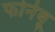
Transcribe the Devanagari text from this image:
फोर्नेबू